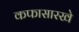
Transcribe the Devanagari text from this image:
कफासारखे